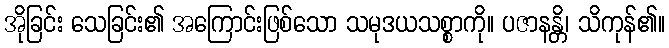
အိုခြင်း သေခြင်း၏ အကြောင်းဖြစ်သော သမုဒယသစ္စာကို။ ပဇာနန္တိ၊ သိကုန်၏။